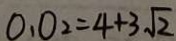
O _ { 1 } O _ { 2 } = 4 + 3 \sqrt { 2 }